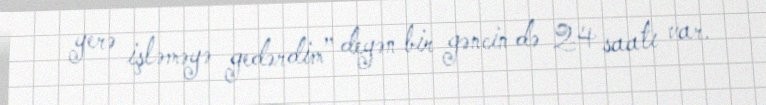
yerə işləməyə gedərdim” deyən bir gəncin də 24 saatı var.